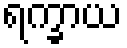
ရက္ခာယ